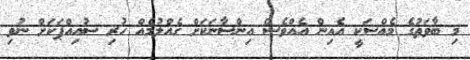
މި ބާވަތުގެ މެއްސަކީ އެއިން އެއްވެސް އިންސާނަކަށް ގެއްލުމެއް ހުރި ސުއިއްޕަކަށް ނުވި